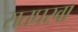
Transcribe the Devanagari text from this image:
सतघरवा